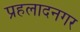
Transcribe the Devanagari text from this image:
प्रहलादनगर